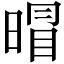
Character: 𱢕